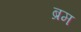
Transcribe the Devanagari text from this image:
ब्रम